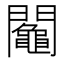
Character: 𨷟